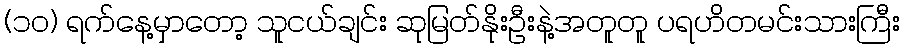
(၁၀) ရက်နေ့မှာတော့ သူငယ်ချင်း ဆုမြတ်နိုးဦးနဲ့အတူတူ ပရဟိတမင်းသားကြီး